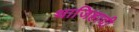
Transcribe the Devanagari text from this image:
थाजिहादी